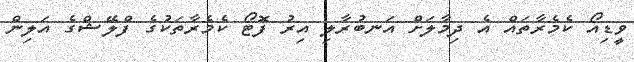
ވީޑިއޯ ކެމެރާތައް އެ ދިމާލަށް އަނބުރާލި އިރު ފޮޓޯ ކެމެރާތަކުގެ ފްލޭޝްގެ އަލިން